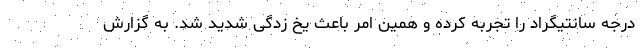
درجه سانتیگراد را تجربه کرده و همین امر باعث یخ زدگی شدید شد. به گزارش